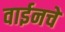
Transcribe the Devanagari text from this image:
वाईनचे